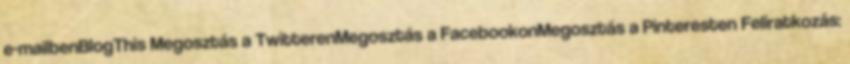
e-mailbenBlogThis Megosztás a TwitterenMegosztás a FacebookonMegosztás a Pinteresten Feliratkozás: